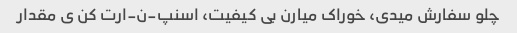
چلو سفارش میدی، خوراک میارن بی کیفیت، اسنپ-ن-ارت کن ی مقدار